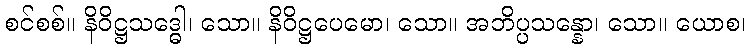
စင်စစ်။ နိဝိဋ္ဌသဒ္ဓေါ၊ သော။ နိဝိဋ္ဌပေမော၊ သော။ အဘိပ္ပသန္နော၊ သော။ ယောစ၊